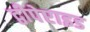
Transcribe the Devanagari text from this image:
द्वीपेप्टाइड